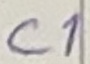
Text: C1